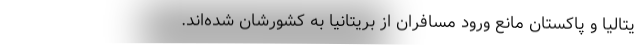
یتالیا و پاکستان مانع ورود مسافران از بریتانیا به کشورشان شده‌اند.